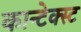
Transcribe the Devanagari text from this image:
कान्टेक्स्ट